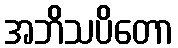
အဘိသပိတော